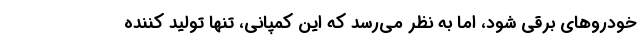
خودروهای برقی شود، اما به نظر می‌رسد که این کمپانی، تنها تولید کننده